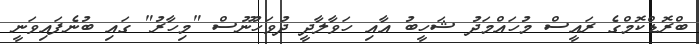
ބްރޮޑްކޮމްގެ ރައީސް މުހައްމަދު ޝަހީބު އާއި ހަވާލާދީ ދުވަހުނޫސް "މިހާރު" ގައި ބުނެފައިވަނީ